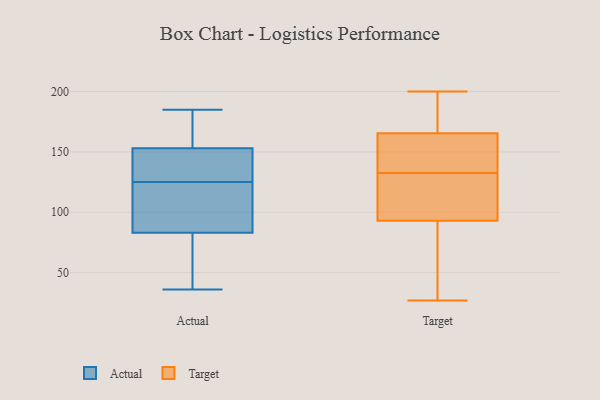
{"axis": {"x": "Population (Million)", "y": "Value"}, "legend": ["Actual", "Target"], "data": [{"x": "", "y": 150, "type": "Actual"}, {"x": "", "y": 138, "type": "Actual"}, {"x": "", "y": 36, "type": "Actual"}, {"x": "", "y": 83, "type": "Actual"}, {"x": "", "y": 92, "type": "Actual"}, {"x": "", "y": 153, "type": "Actual"}, {"x": "", "y": 177, "type": "Actual"}, {"x": "", "y": 112, "type": "Actual"}, {"x": "", "y": 83, "type": "Actual"}, {"x": "", "y": 185, "type": "Actual"}, {"x": "", "y": 150, "type": "Target"}, {"x": "", "y": 76, "type": "Target"}, {"x": "", "y": 110, "type": "Target"}, {"x": "", "y": 175, "type": "Target"}, {"x": "", "y": 157, "type": "Target"}, {"x": "", "y": 157, "type": "Target"}, {"x": "", "y": 163, "type": "Target"}, {"x": "", "y": 43, "type": "Target"}, {"x": "", "y": 172, "type": "Target"}, {"x": "", "y": 27, "type": "Target"}, {"x": "", "y": 168, "type": "Target"}, {"x": "", "y": 104, "type": "Target"}, {"x": "", "y": 147, "type": "Target"}, {"x": "", "y": 88, "type": "Target"}, {"x": "", "y": 69, "type": "Target"}, {"x": "", "y": 174, "type": "Target"}, {"x": "", "y": 98, "type": "Target"}, {"x": "", "y": 118, "type": "Target"}, {"x": "", "y": 112, "type": "Target"}, {"x": "", "y": 200, "type": "Target"}]}